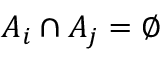
A _ { i } \cap A _ { j } = \varnothing